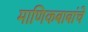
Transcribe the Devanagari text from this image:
माणिकबाबांचे